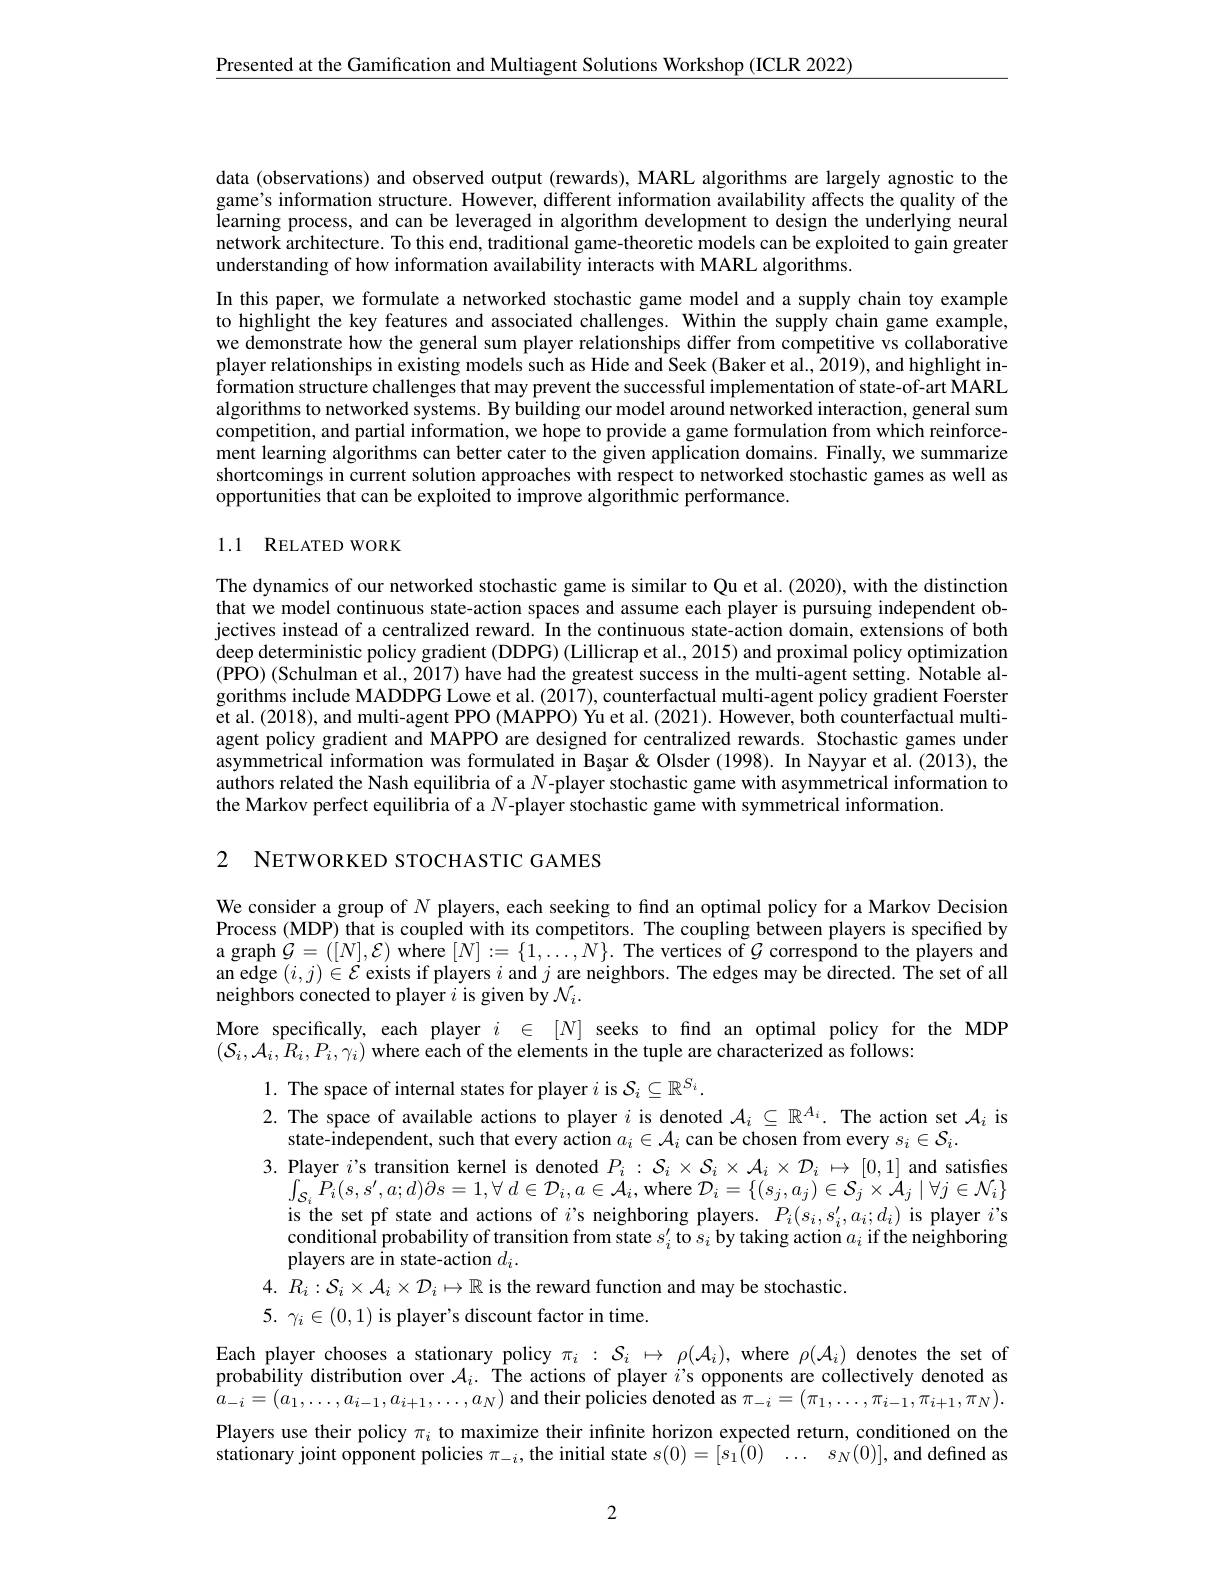
$\underline{\text{Presented at the Gamification and Multiagent Solutions Workshop(ICLR 2022)}}$

data (observations) and observed output (rewards), MARL algorithms are largely agnostic to the game's information structure. However, different information availability affects the quality of the Iearning process, and can be leveraged in algorithm development to design the underlying neural network architecture. To this end, traditional game-theoretic models can be exploited to gain greater understanding of how information availability interacts with MARL algorithms.

In this paper, we formulate a networked stochastic game model and a supply chain toy example to highlight the key features and associated challenges. Within the supply chain game example, we demonstrate how the general sum player relationships differ from competitive vs collaborative player relationships in existing models such as Hide and Seek (Baker et al., 2019), and highlight information structure challenges that may prevent the successful implementation of state-of-art MARL algorithms to networked systems. By building our model around networked interaction, general sum competition, and partial information, we hope to provide a game formulation from which reinforcement learning algorithms can better cater to the given application domains. Finally, we summarize shortcomings in current solution approaches with respect to networked stochastic games as well as opportunities that can be exploited to improve algorithmic performance.

## 1.1 RELATED WORK

The dynamics of our networked stochastic game is similar to Qu et al.(2020), with the distinction that we model continuous state-action spaces and assume each player is pursuing independent objectives instead of a centralized reward. In the continuous state-action domain, extensions of both deep deterministic policy gradient (DDPG) (Lillicrap et al., 2015) and proximal policy optimization (PPO)(Schulman et al., 2017) have had the greatest success in the multi-agent setting. Notable algorithms include MADDPG Lowe et al. (2017), counterfactual multi-agent policy gradient Foerster et al.(2018), and multi-agent PPO (MAPPO) Yu et al.(2021). However, both counterfactual multiagent policy gradient and MAPPO are designed for centralized rewards. Stochastic games under asymmetrical information was formulated in Bașar&Olsder (1998). In Nayyar et al. (2013), the authors related the Nash equilibria of a $N$-player stochastic game with asymmetrical information to the Markov perfect equilibria of a $N$-player stochastic game with symmetrical information.

2 NETWORKED STOCHASTIC GAMES

We consider a group of $N$ players, each seeking to find an optimal policy for a Markov Decision Process (MDP) that is coupled with its competitors. The coupling between players is specified by a graph $\hat{\mathcal{G}}=([N],\mathcal{E})$ where $[N]:=\{1,\ldots,N\}.$ The vertices of $\mathcal{G}$ correspond to the players and an edge $(i,j)\in\mathcal{E}$ exists if players $i$ and $j$ are neighbors. The edges may be directed. The set of all neighbors conected to player $i$ is given by $\mathcal{N}_i.$
More specifically, each player $i\in[N]$ seeks to find an optimal policy for the MDP
$(\mathcal{S}_{i},\mathcal{A}_{i},R_{i},P_{i},\gamma_{i})$ where each of the elements in the tuple are characterized as follows:
1. The space of internal states for player $i$ is $\mathcal{S}_i\subseteq\mathbb{R}^{S_i}.$
2. The space of available actions to player $i$ is denoted $\mathcal{A}_i\subseteq\mathbb{R}^{A_i}.$ The action set $\mathcal{A}_i$ is
state-independent, such that every action $a_i\in\mathcal{A}_i$ can be chosen from every $s_i\in\mathcal{S}_i.$
$\begin{array}{l}3.&\text{Player }i’\text{s transition kernel is denoted }P_{i}:\mathcal{S}_{i}\times\mathcal{S}_{i}\times\mathcal{A}_{i}\times\mathcal{D}_{i}\mapsto[0,1]\text{ and satisfies}\\&\int_{\mathcal{S}_{i}}P_{i}(s,s',a;d)\partial s=1,\forall\:d\in\mathcal{D}_{i},a\in\mathcal{A}_{i},\mathrm{~where~}\mathcal{D}_{i}=\{(s_{j},a_{j})\in\mathcal{S}_{j}\times\mathcal{A}_{j}\mid\forall j\in\mathcal{N}_{i}\}\end{array}$
is the set pf state and actions of $i$'s neighboring players. $P_i(s_i,s_i^{\prime},a_i;d_i)$ is player $i$'s conditional probability of transition from state $s_i^{\prime}$ to $s_i\textbf{by taking action }a_i$ if the neighboring players are in state-action $d_i.$
4. $R_i: \mathcal{S} _i\times \mathcal{A} _i\times \mathcal{D} _i\mapsto \mathbb{R}$ is the reward function and may be stochastic.
$5.~\gamma_{i}\in(0,1)~$is player's discount factor in time.

Each player chooses a stationary policy $\pi_i:\mathcal{S}_i\mapsto\rho(\mathcal{A}_i)$, where $\rho(\mathcal{A}_i)$ denotes the set of probability distribution over $\mathcal{A}_i.$ The actions of player $i$'s opponents are collectively denoted as $a_{-i}=(a_{1},\ldots,a_{i-1},a_{i+1},\ldots,a_{N})$ and their policies denoted as $\pi_-i=(\pi_{1},\ldots,\pi_{i-1},\pi_{i+1},\pi_{N}).$ Players use their policy $\pi_i$ to maximize their infinite horizon expected return, conditioned on the stationary joint opponent policies $\pi_-i$, the initial state $s( 0) = [ s_1( 0)$ $\ldots$ $s_N( 0) ] $, and defined as

2